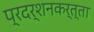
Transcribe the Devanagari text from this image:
प्रदर्शनकर्त्ता